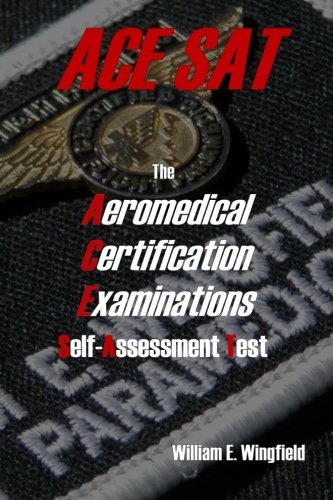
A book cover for The Aeromedical Certification Examinations Self-Assessment Test; William E Wingfield; Test Preparation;